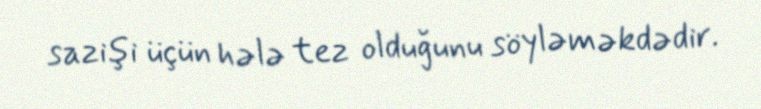
sazişi üçün hələ tez olduğunu söyləməkdədir.